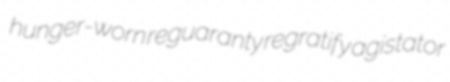
hunger-worn reguaranty regratify agistator